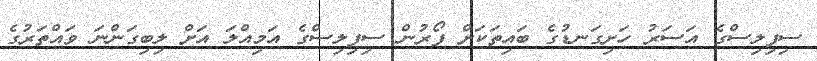
ސިފިލިސްގެ އަސަރު ހަށިގަނޑުގެ ބައިތަކަށް ފޯރުން ސިފިލިސްގެ އަމިއްލަ އަށް ލިބިގަންނަ ވައްތަރުގެ